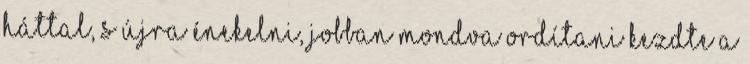
háttal, s újra énekelni, jobban mondva ordítani kezdte a